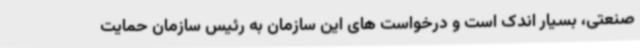
صنعتی، بسیار اندک است و درخواست های این سازمان به رئیس سازمان حمایت